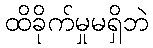
ထိခိုက်မှုမရှိဘဲ